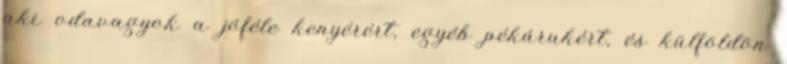
aki odavagyok a jóféle kenyérért, egyéb pékárukért, és külföldön